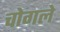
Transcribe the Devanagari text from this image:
चोगले